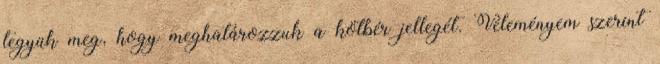
tegyük meg, hogy meghatározzuk a kötbér jellegét. Véleményem szerint